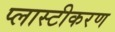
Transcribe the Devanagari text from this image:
प्लास्टीकरण